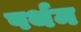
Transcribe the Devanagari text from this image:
पर्थम